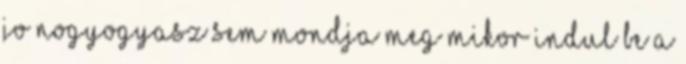
jo nogyogyasz sem mondja meg mikor indul be a